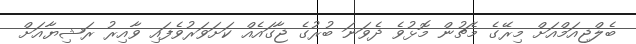
ބެލްޖިއަމްއަށް މިރޭގެ މެޗުން މޮޅުވެ ދެވަނަ ބުރުގެ ޖާގައެއް ކަށަވަރުވެފައި ވާއިރު ރަޝިޔާއަށް